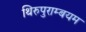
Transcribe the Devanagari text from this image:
थिरुपुराम्बयम